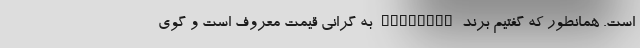
است. همانطور که گفتیم برند BlackVue به گرانی قیمت معروف است و گوی